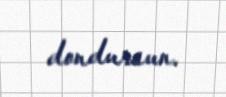
dondursun.